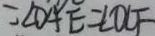
= \angle D A E = \angle O C F